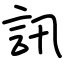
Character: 訊